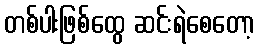
တစ်ပါးဖြစ်ထွေ ဆင်းရဲစေတော့